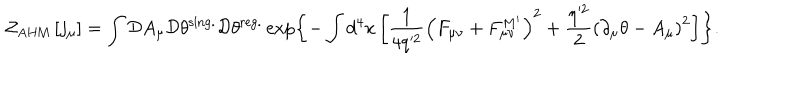
LaTeX: { \cal Z } _ { \mathrm { A H M } } \left[ j _ { \mu } \right] = \int { \cal D } A _ { \mu } { \cal D } \theta ^ { \mathrm { s i n g . } } { \cal D } \theta ^ { \mathrm { r e g . } } \exp \left\{ - \int d ^ { 4 } x \left[ \frac { 1 } { 4 q ^ { 2 } } \left( F _ { \mu \nu } + F _ { \mu \nu } ^ { M ^ { \prime } } \right) ^ { 2 } + \frac { \eta ^ { 2 } } { 2 } \left( \partial _ { \mu } \theta - A _ { \mu } \right) ^ { 2 } \right] \right\} .